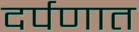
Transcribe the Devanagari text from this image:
दर्पणात